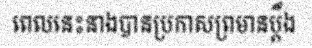
ពេលនេះនាងបានប្រកាសព្រមានប្តឹង